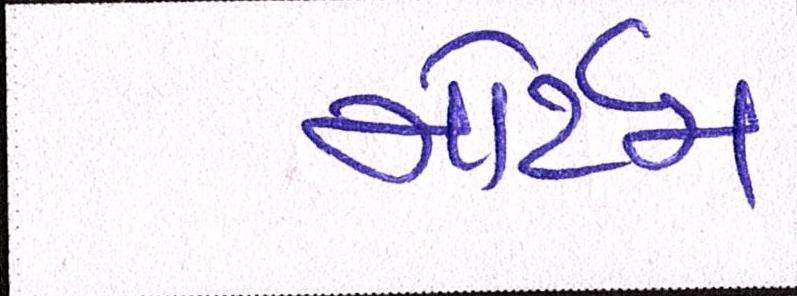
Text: મોર્ટમ